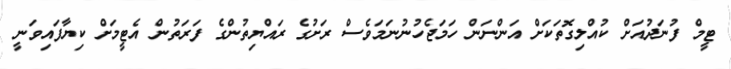
ޓީމް ފުނަދުއަށް ކުއްލިގޮތަކަށް އަންނަން ހަމަޖެހުނުނަމަވެސް ރަށުގެ ރައްޔިތުންގެ ފަރަތުން އެޓީމަށް ކިޔާފައިވަނީ